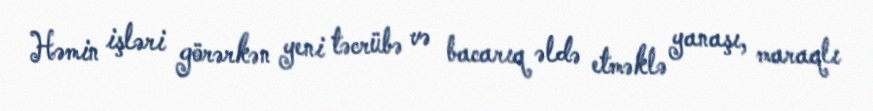
Həmin işləri görərkən yeni təcrübə və bacarıq əldə etməklə yanaşı, maraqlı